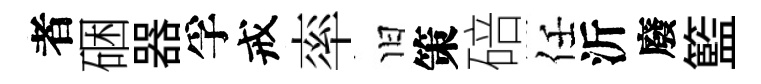
者硱器孚戒率旧策碚任沂廢籃